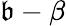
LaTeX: \mathfrak{b}-\beta